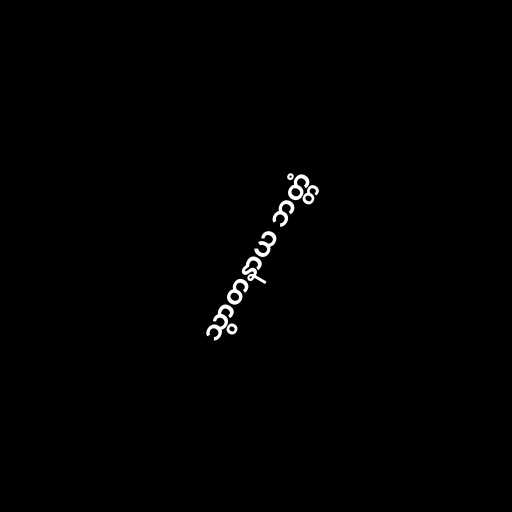
သွာတနာယ ဘတ္တံ